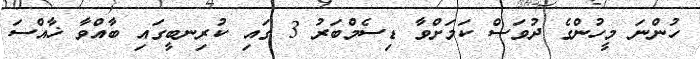
ހުންނަ މީހުންގެ ދުވަސް ކަމަށްވާ ޑިސެމްބަރު 3 ގައި ކުރިނބީގައި ބާއްވާ ޚާއްސަ